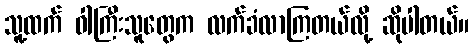
သူ့ထက် ဝါကြီးသူတွေက လက်ခံလာကြတယ်လို့ ဆိုပါတယ်။